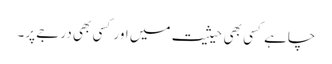
چاہے کسی بھی حیثیت میں اور کسی بھی درجے پر۔